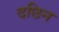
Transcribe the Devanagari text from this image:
दछिन